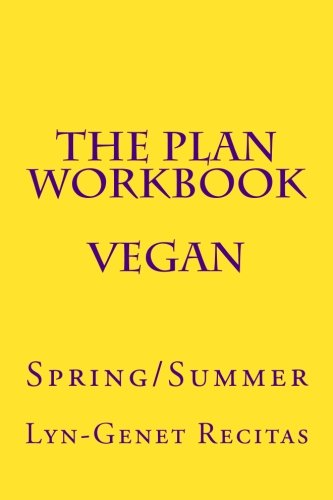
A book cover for The Plan Workbook Vegan: Spring/Summer; Lyn-Genet Recitas; Health, Fitness & Dieting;